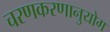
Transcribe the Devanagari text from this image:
चरणकरणानुयोग